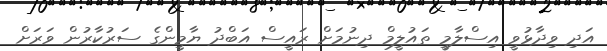
އަދި ވިދާޅުވީ އިސްލާމީ ތައުލީމް ދިނުމަށް ރައީސް އަބްދު ޔާމީންގެ ސަރުކާރުން ވަރަށް